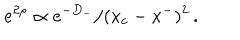
LaTeX: \: e ^ { 2 \rho } \propto e ^ { - D _ { - } } / ( x _ { c } - x ^ { - } ) ^ { 2 } \, . \: